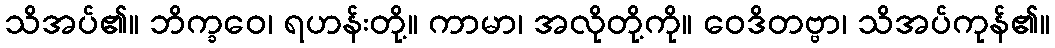
သိအပ်၏။ ဘိက္ခဝေ၊ ရဟန်းတို့။ ကာမာ၊ အလိုတို့ကို။ ဝေဒိတဗ္ဗာ၊ သိအပ်ကုန်၏။